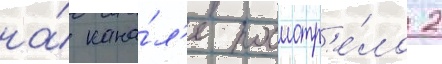
на́ кана́л'е посмотр'е́ло 2